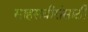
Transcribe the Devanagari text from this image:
साहसवीरांसाठी